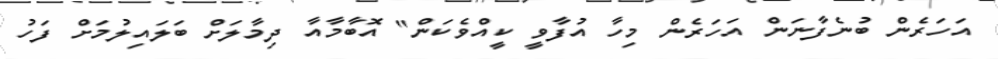
އަހަރެން ބުނެފާނަން އަހަރެން މިހާ އުފާވީ ކީއްވެކަން" އޮބާމާއާ ދިމާލަށް ބަލައިލުމަށް ފަހު